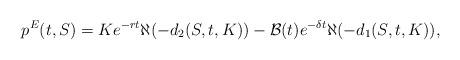
LaTeX: \begin{align*}p^{E}(t, S)= Ke^{-rt}\aleph(- d_{2}(S,t,K))-\mathcal{B}(t)e^{-\delta t}\aleph(-d_{1}(S,t,K)),\end{align*}